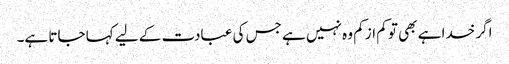
اگر خدا ہے بھی تو کم از کم وہ نہیں ہے جس کی عبادت کے لیے کہا جاتا ہے۔